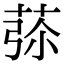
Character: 𦱨